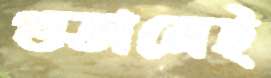
গুতালেই